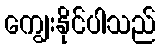
ကျွေးနိုင်ပါသည်